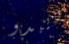
ويبدو